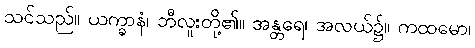
သင်သည်။ ယက္ခာနံ၊ ဘီလူးတို့၏။ အန္တရေ၊ အလယ်၌။ ကထမော၊